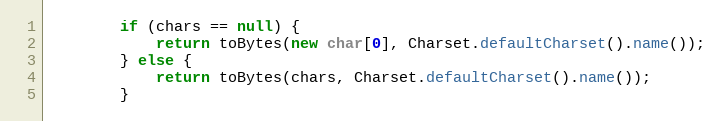
Language: Java
        if (chars == null) {
            return toBytes(new char[0], Charset.defaultCharset().name());
        } else {
            return toBytes(chars, Charset.defaultCharset().name());
        }